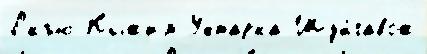
Л'́къю Кыжим Ухтарка Шуйгавож